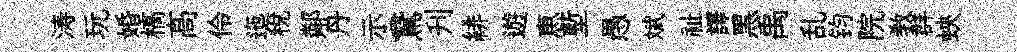
涛玩婚槁髙伶迤税鄰丹示鵞刋緋遊恵塹愚斌祉譯黑禹乱钧院敎群蛺